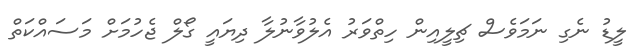
ލީޑު ނެގި ނަމަވެސް ޗިލީއިން ހިތްވަރު އެލުވާނުލާ ދިޔައީ ގޯލް ޖެހުމަށް މަސައްކަތް